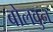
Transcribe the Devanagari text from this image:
बोलवुन